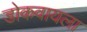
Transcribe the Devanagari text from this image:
डोकवायला